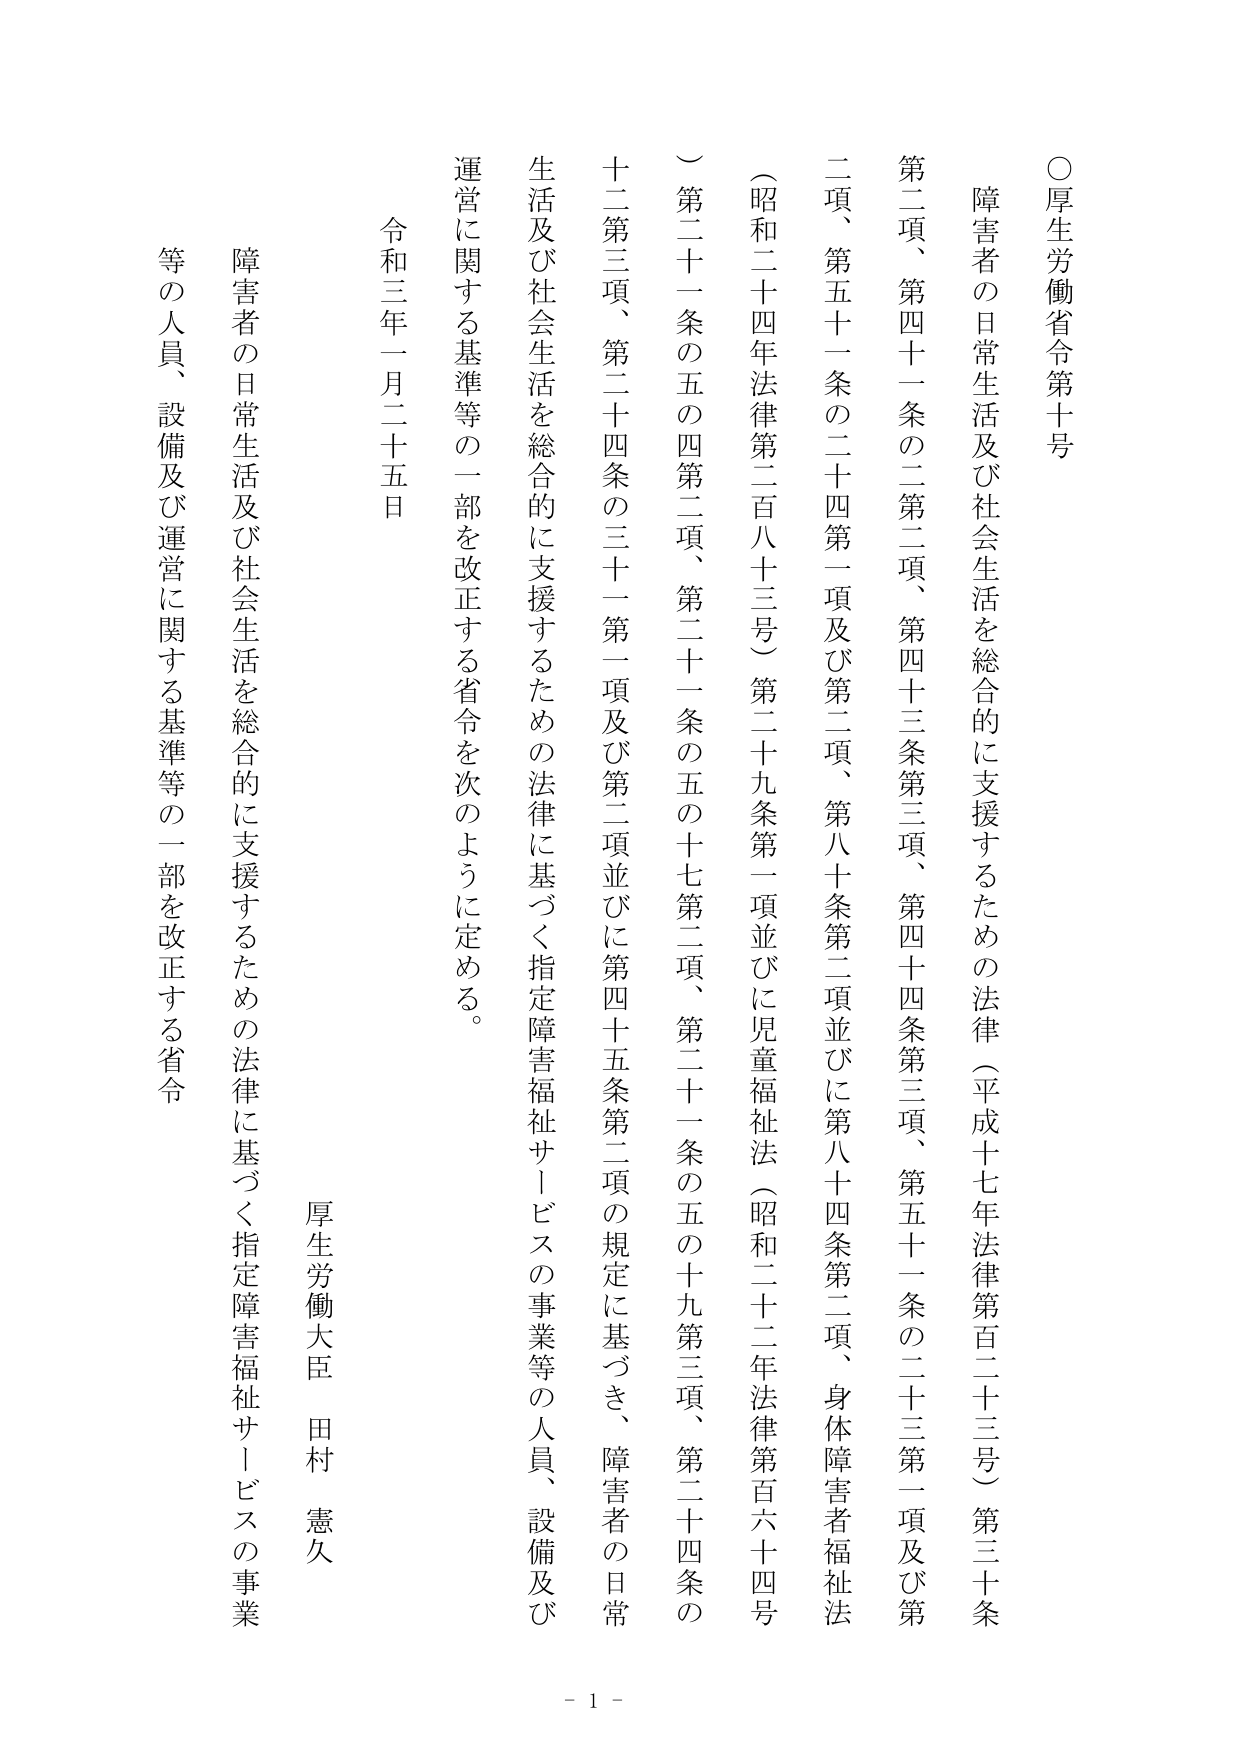
○厚生労働省令第十号

障害者の日常生活及び社会生活を総合的に支援するための法律（平成十七年法律第百二十三号）第三十条第二項、第四十一条の二第二項、第四十三条第三項、第四十四条第三項、第五十一条の二十三第一項及び第二項、第五十一条の二十四第一項及び第二項、第八十条第二項並びに第八十四条第二項、身体障害者福祉法（昭和二十四年法律第二百八十三号）第二十九条第一項並びに児童福祉法（昭和二十二年法律第百六十四号）第二十一条の五の四第二項、第二十一条の五の十七第二項、第二十一条の五の十九第三項、第二十四条の十二第三項、第二十四条の三十一第一項及び第二項並びに第四十五条第二項の規定に基づき、障害者の日常生活及び社会生活を総合的に支援するための法律に基づく指定障害福祉サービスの事業等の人員、設備及び運営に関する基準等の一部を改正する省令を次のように定める。

令和三年一月二十五日

厚生労働大臣 田村 憲久

障害者の日常生活及び社会生活を総合的に支援するための法律に基づく指定障害福祉サービスの事業等の人員、設備及び運営に関する基準等の一部を改正する省令

- 1 -